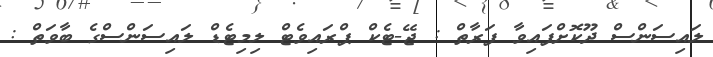
ލައިސަންސް ދޫކޮށްފައިވާ ފަރާތް : ޖޭ-ޓެކް ޕްރައިވެޓް ލިމިޓެޑް ލައިސަންސްގެ ބާވަތް :